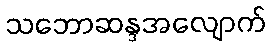
သဘောဆန္ဒအလျောက်